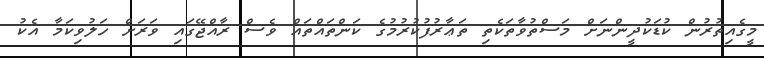
މީގެއިތުރުން ކުޑަކުދީންނަށް މަސްތުވާތަކެތި ތަޢާރުފުކުރުމުގެ ކަންތައްތައް ވެސް ރާއްޖޭގައި ވަރަށް ހަލުވިކަމާ އެކު